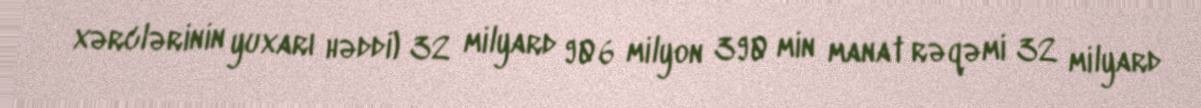
xərclərinin yuxarı həddi) 32 milyard 906 milyon 390 min manat rəqəmi 32 milyard